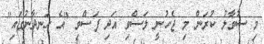
މި ސުވާލު ކުރަން މި ޖެހުނީ ލަސްވި އަދި ފަސްވި "އެ ހަނދާނުގައި"